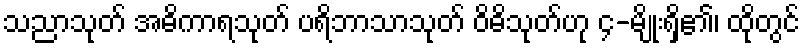
သညာသုတ် အဓိကာရသုတ် ပရိဘာသာသုတ် ဝိဓိသုတ်ဟု ၄-မျိုးရှိ၏၊ ထိုတွင်